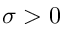
\sigma > 0